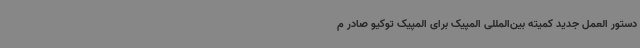
دستور العمل جدید کمیته بین‌المللی المپیک برای المپیک توکیو صادر م